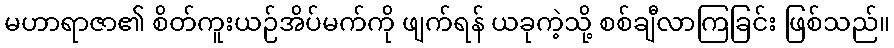
မဟာရာဇာ၏ စိတ်ကူးယဉ်အိပ်မက်ကို ဖျက်ရန် ယခုကဲ့သို့ စစ်ချီလာကြခြင်း ဖြစ်သည်။